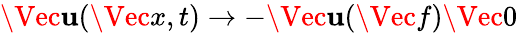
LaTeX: \Vec{\mathbf{u}}(\Vec{x},t)\xrightarrow{}{{-\Vec{\mathbf{u}}(\Vec{f})}}\Vec{0}